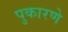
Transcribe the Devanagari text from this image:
पुकारणे